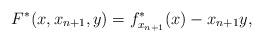
LaTeX: \begin{align*} F^*(x,x_{n+1},y) = f^*_{x_{n+1}}(x)-x_{n+1}y,\end{align*}